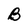
Character: B